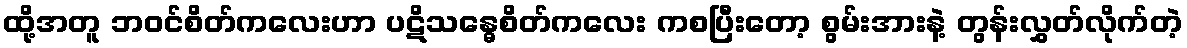
ထို့အတူ ဘဝင်စိတ်ကလေးဟာ ပဋိသန္ဓေစိတ်ကလေး ကစပြီးတော့ စွမ်းအားနဲ့ တွန်းလွှတ်လိုက်တဲ့